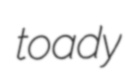
toady